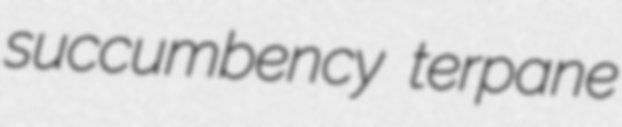
succumbency terpane